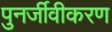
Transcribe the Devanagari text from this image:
पुनर्जीवीकरण